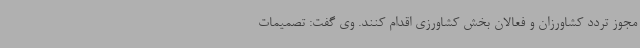
مجوز تردد کشاورزان و فعالان بخش کشاورزی اقدام کنند. وی گفت: تصمیمات